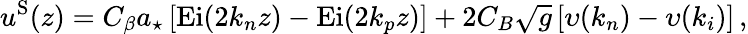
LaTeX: u^{\mathrm{S}}(z)=C_{\beta}a_{\star}\left[\mathrm{Ei}(2k_{n}z)-\mathrm{Ei}(2k_{p}z)\right]+2C_{B}\sqrt{g}\left[\upsilon(k_{n})-\upsilon(k_{i})\right]\, ,